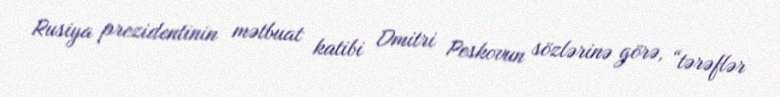
Rusiya prezidentinin mətbuat katibi Dmitri Peskovun sözlərinə görə, “tərəflər